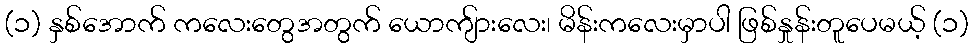
(၁) နှစ်အောက် ကလေးတွေအတွက် ယောကျ်ားလေး၊ မိန်းကလေးမှာပါ ဖြစ်နှုန်းတူပေမယ့် (၁)